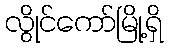
လွိုင်ကော်မြို့ရှိ